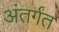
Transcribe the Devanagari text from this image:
अंतर्गंत